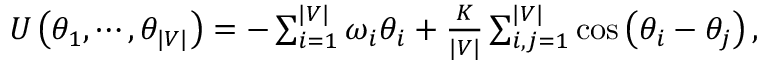
\begin{array} { r } { U \left( \theta _ { 1 } , \cdots , \theta _ { \vert V \vert } \right) = - \sum _ { i = 1 } ^ { \vert V \vert } \omega _ { i } \theta _ { i } + \frac { K } { \vert V \vert } \sum _ { i , j = 1 } ^ { \vert V \vert } \cos \left( \theta _ { i } - \theta _ { j } \right) , } \end{array}